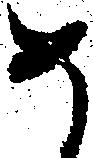
め